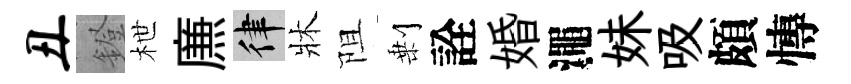
丑鐙枻㢘律牀阻剰詮婚澠妹吸頗慱